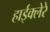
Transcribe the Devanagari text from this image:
हाईक्लेरे